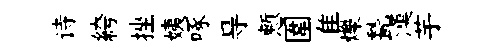
诗絝挫姨啄㝵慙圍隹爍甃漢芋